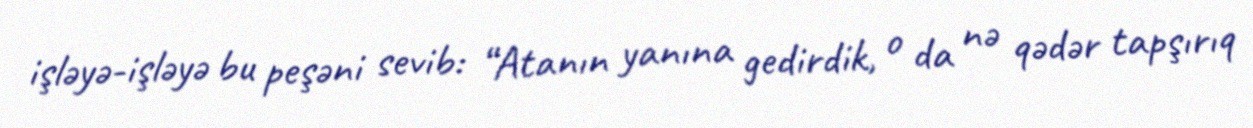
işləyə-işləyə bu peşəni sevib: “Atanın yanına gedirdik, o da nə qədər tapşırıq